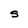
Character: S